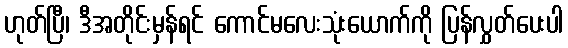
ဟုတ်ပြီ၊ ဒီအတိုင်းမှန်ရင် ကောင်မလေးသုံးယောက်ကို ပြန်လွှတ်ပေးပါ